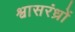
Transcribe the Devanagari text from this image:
श्वासरंध्रों